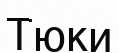
Тюки